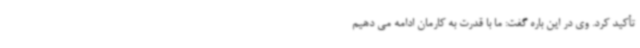
تأکید کرد. وی در این باره گفت: ما با قدرت به کارمان ادامه می دهیم